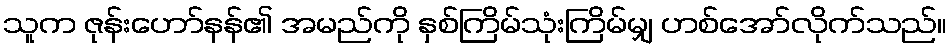
သူက ဇုန်းဟော်နန်၏ အမည်ကို နှစ်ကြိမ်သုံးကြိမ်မျှ ဟစ်အော်လိုက်သည်။